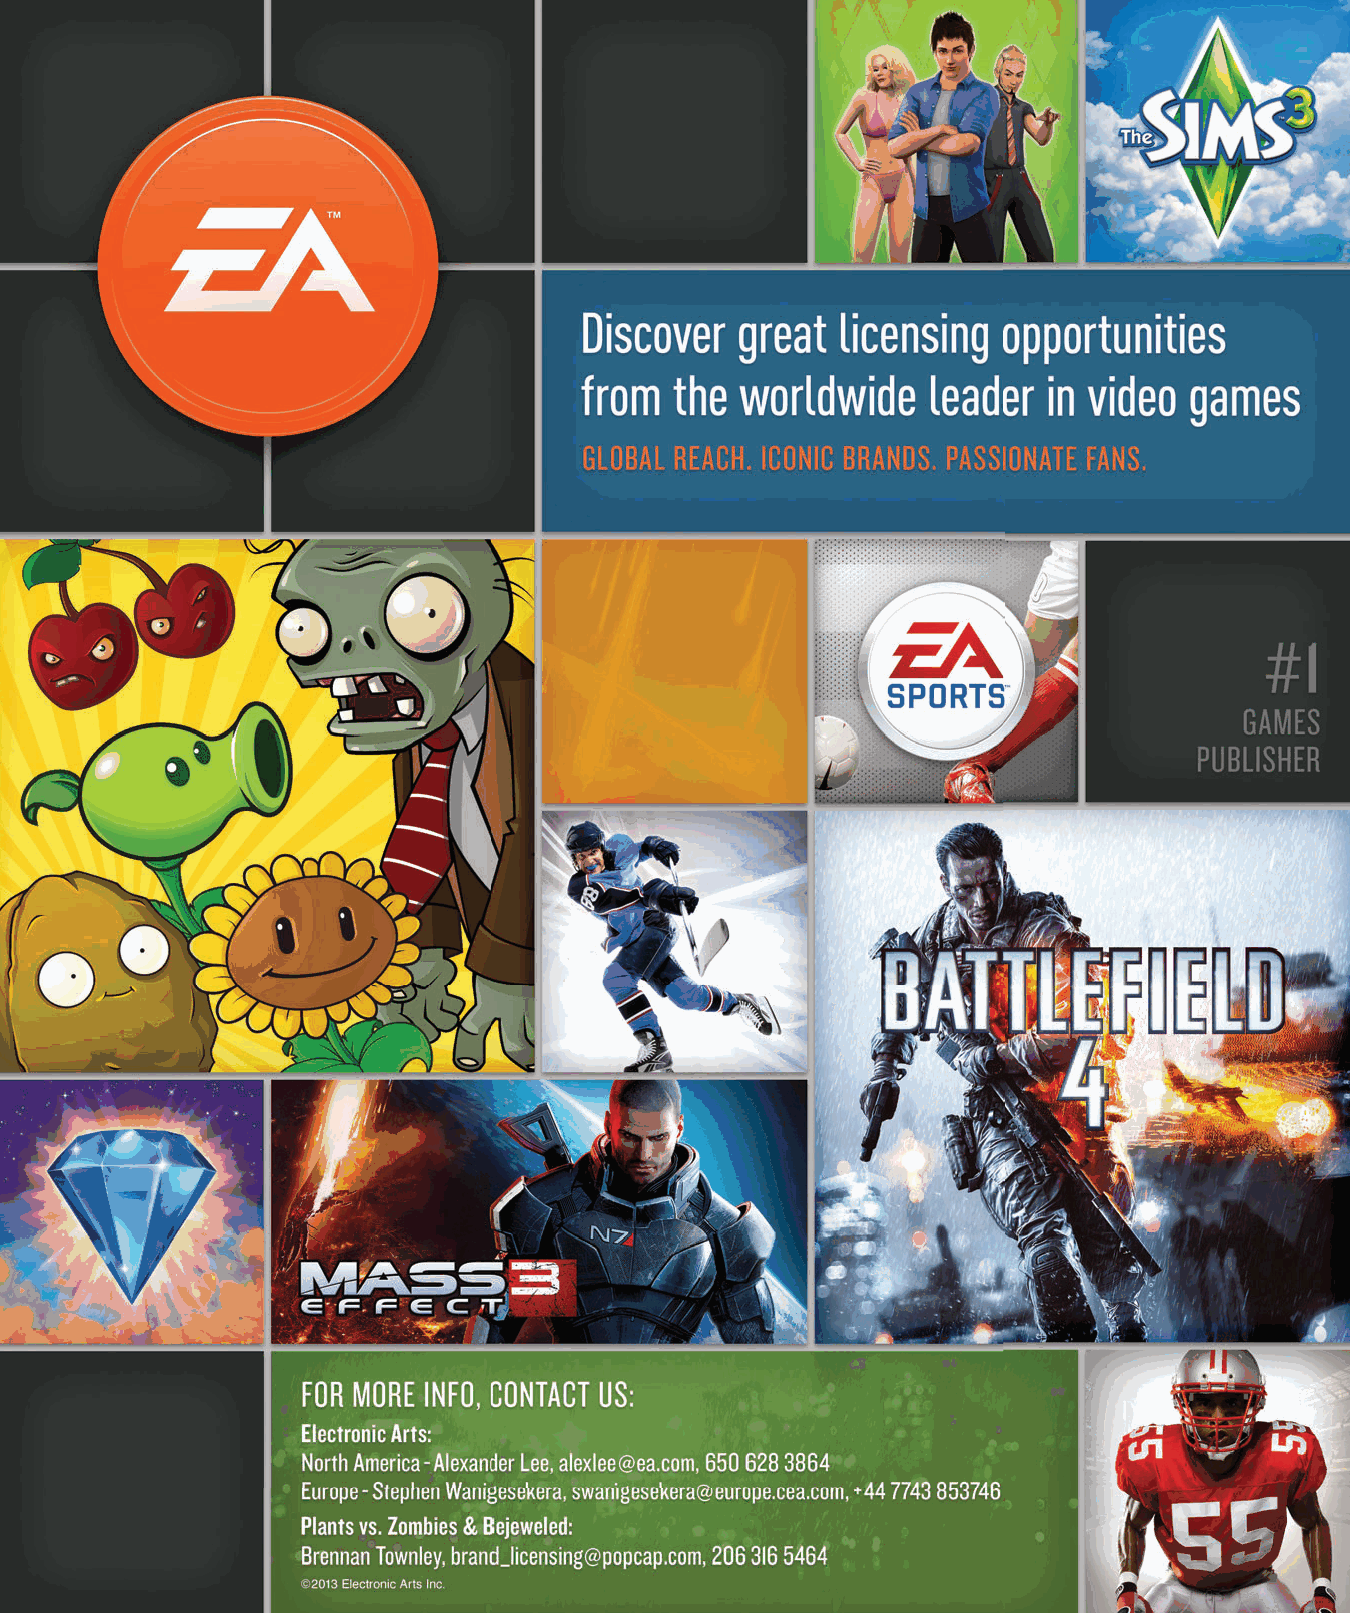
mbcyyelaaallcgonkewnta                         ES246289_LIC0513_025_FP.pgs 05.03.2013 22:46 ADV